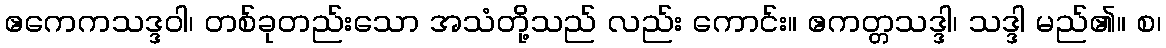
ဧကေကသဒ္ဒဝါ၊ တစ်ခုတည်းသော အသံတို့သည် လည်း ကောင်း။ ဧကတ္တသဒ္ဒါ၊ သဒ္ဒါ မည်၏။ စ၊